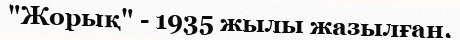
"Жорық" - 1935 жылы жазылған.